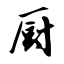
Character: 厨